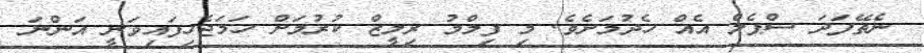
ނެތޭފަދަ ސްޕެލް އެއް ހެދުމަށެވެ. މި ފިލްމު ރިލީޒް ކުރުމަށް ހަމަޖެހިފައިވަނީ އަންނަ